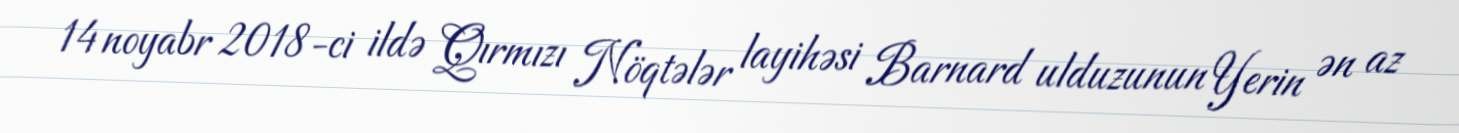
14 noyabr 2018-ci ildə Qırmızı Nöqtələr layihəsi Barnard ulduzunun Yerin ən az